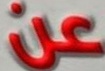
عن